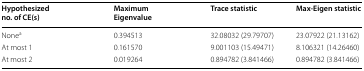
<table><thead><tr><td><b>Hypothesized no. of CE(s)</b></td><td><b>Maximum Eigenvalue</b></td><td><b>Trace statistic</b></td><td><b>Max-Eigen statistic</b></td></tr></thead><tbody><tr><td>None<sup>a</sup></td><td>0.394513</td><td>32.08032 (29.79707)</td><td>23.07922 (21.13162)</td></tr><tr><td>At most 1</td><td>0.161570</td><td>9.001103 (15.49471)</td><td>8.106321 (14.26460)</td></tr><tr><td>At most 2</td><td>0.019264</td><td>0.894782 (3.841466)</td><td>0.894782 (3.841466)</td></tr></tbody></table>